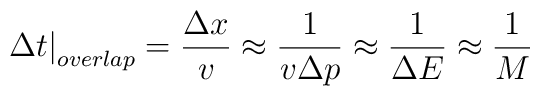
\left. {\Delta t} \right|_{overlap}={{\Delta x} \over v}\approx {1 \over {v\Delta p}}\approx {1\over {\Delta E}}\approx {1 \over M}